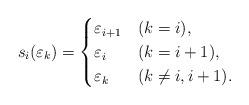
LaTeX: \begin{align*}s_i (\varepsilon_k) = \begin{cases} \varepsilon_{i+1} & (k = i), \\ \varepsilon_i & (k = i+1), \\ \varepsilon_k & (k \not= i, i+1). \end{cases}\end{align*}